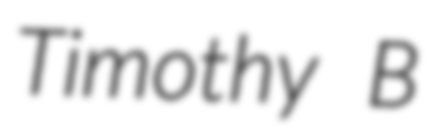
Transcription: Timothy B